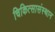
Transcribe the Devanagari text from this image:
चिकित्सासंस्थान